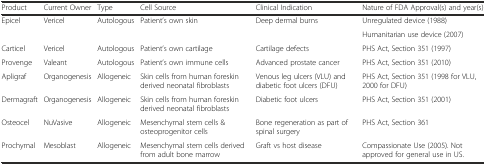
| Product | Current Owner | Type | Cell Source | Clinical Indication | Nature of FDA Approval(s) and year(s) |
 | --- | --- | --- | --- | --- | --- |
 | <ROWSPAN=2> Epicel | <ROWSPAN=2> Vericel | <ROWSPAN=2> Autologous | <ROWSPAN=2> Patient’s own skin | <ROWSPAN=2> Deep dermal burns | Unregulated device (1988) |
 | Humanitarian use device (2007) |
 | Carticel | Vericel | Autologous | Patient’s own cartilage | Cartilage defects | PHS Act, Section 351 (1997) |
 | Provenge | Valeant | Autologous | Patient’s own immune cells | Advanced prostate cancer | PHS Act, Section 351 (2010) |
 | Apligraf | Organogenesis | Allogeneic | Skin cells from human foreskin derived neonatal fibroblasts | Venous leg ulcers (VLU) and diabetic foot ulcers (DFU) | PHS Act, Section 351 (1998 for VLU, 2000 for DFU) |
 | Dermagraft | Organogenesis | Allogeneic | Skin cells from human foreskin derived neonatal fibroblasts | Diabetic foot ulcers | PHS Act, Section 351 (2001) |
 | Osteocel | NuVasive | Allogeneic | Mesenchymal stem cells & osteoprogenitor cells | Bone regeneration as part of spinal surgery | PHS Act, Section 361 |
 | Prochymal | Mesoblast | Allogeneic | Mesenchymal stem cells derived from adult bone marrow | Graft vs host disease | Compassionate Use (2005). Not approved for general use in US. |